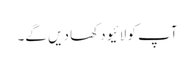
آپ کو لائیو دکھا دیں گے۔